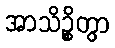
အာသိဉ္စိတွာ